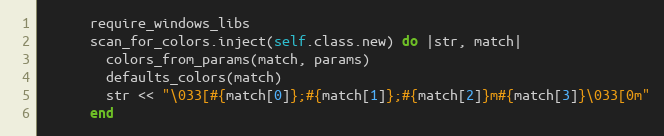
Language: Ruby
      require_windows_libs
      scan_for_colors.inject(self.class.new) do |str, match|
        colors_from_params(match, params)
        defaults_colors(match)
        str << "\033[#{match[0]};#{match[1]};#{match[2]}m#{match[3]}\033[0m"
      end